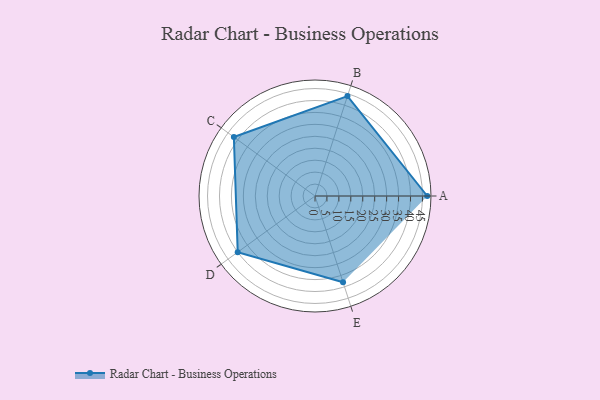
{"axis": {"x": "Skill", "y": "Score"}, "legend": ["Profile"], "data": [{"x": "A", "y": 47.0, "type": "Profile"}, {"x": "B", "y": 44.0, "type": "Profile"}, {"x": "C", "y": 42.0, "type": "Profile"}, {"x": "D", "y": 40.0, "type": "Profile"}, {"x": "E", "y": 38.0, "type": "Profile"}]}